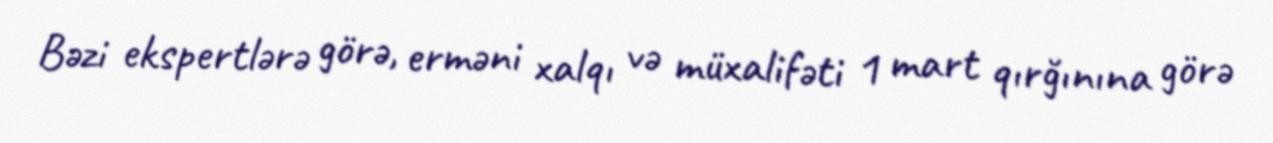
Bəzi ekspertlərə görə, erməni xalqı və müxalifəti 1 mart qırğınına görə